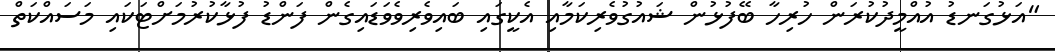
"އަޅުގަނޑު އުއްމީދުކުރަން ހުރިހާ ބޭފުޅުން ޝައުގުވެރިކަމާއި އެކީގައި ބައިވެރިވެވަޑައިގެން ފަންޑު ފުޅާކުރުމަށްޓަކައި މަސައްކަތް